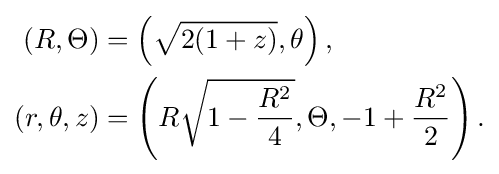
{\begin{aligned}(R,\Theta )&=\left({\sqrt {2(1+z)}},\theta \right),\\(r,\theta ,z)&=\left(R{\sqrt {1-{\frac {R^{2}}{4}}}},\Theta ,-1+{\frac {R^{2}}{2}}\right).\end{aligned}}